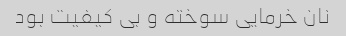
نان خرمایی سوخته و بی کیفیت بود